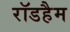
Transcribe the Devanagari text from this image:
रॉडहैम